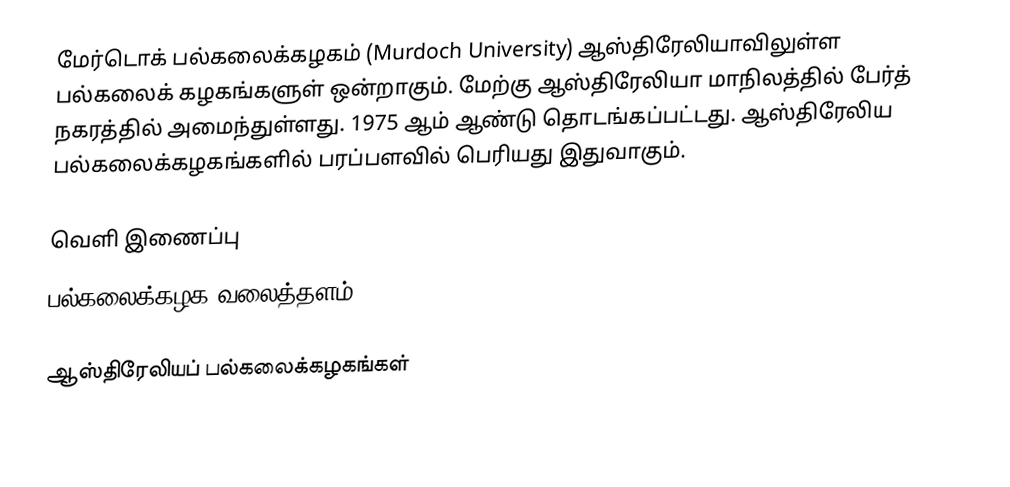
மேர்டொக் பல்கலைக்கழகம் (Murdoch University) ஆஸ்திரேலியாவிலுள்ள பல்கலைக் கழகங்களுள் ஒன்றாகும். மேற்கு ஆஸ்திரேலியா மாநிலத்தில் பேர்த் நகரத்தில் அமைந்துள்ளது. 1975 ஆம் ஆண்டு தொடங்கப்பட்டது. ஆஸ்திரேலிய பல்கலைக்கழகங்களில் பரப்பளவில் பெரியது இதுவாகும்.

வெளி இணைப்பு
 பல்கலைக்கழக வலைத்தளம்

ஆஸ்திரேலியப் பல்கலைக்கழகங்கள்